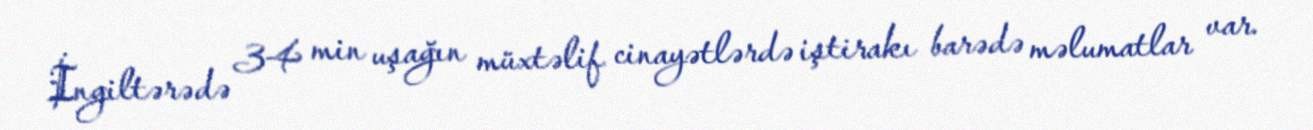
İngiltərədə 34 min uşağın müxtəlif cinayətlərdə iştirakı barədə məlumatlar var.